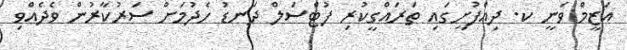
އަޒީމް ވަނީ ކ. ދިއްފުށީގައި ތަރައްގީކުރި ފުޓްސަލް ދަނޑު ހެދުމަށް ސަރުކާރުން ވެދެއްވި